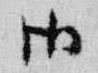
御